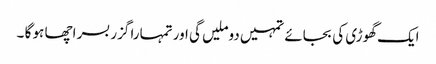
ایک گھوڑی کی بجائے تمہیں دوملیں گی اور تمہارا گزر بسر اچھا ہو گا ۔